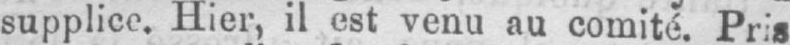
supplice. Hier, il est venu au comité. Pris